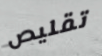
تقليص